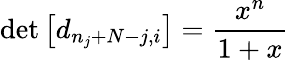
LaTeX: \operatorname*{det}\left[d_{n_{j}+N-j,i}\right]=\frac{x^{n}}{1+x}